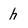
Character: h